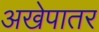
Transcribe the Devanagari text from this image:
अखेपातर